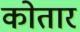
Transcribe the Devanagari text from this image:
कोतार